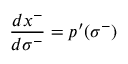
\: \frac { d x ^ { - } } { d \sigma ^ { - } } = p ^ { \prime } ( \sigma ^ { - } ) \: